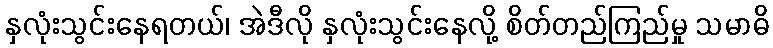
နှလုံးသွင်းနေရတယ်၊ အဲဒီလို နှလုံးသွင်းနေလို့ စိတ်တည်ကြည်မှု သမာဓိ